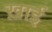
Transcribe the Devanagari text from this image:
ख़ाई